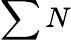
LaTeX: \sum N